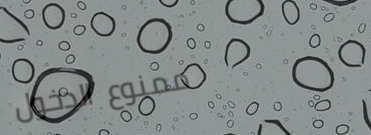
ممنوع الدخول